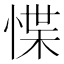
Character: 惵